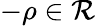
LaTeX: -\rho\in\mathcal R